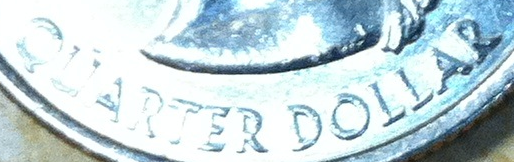
QUARTER DOLLAR